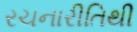
રચનારીતિથી